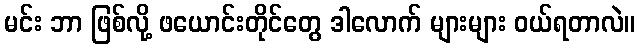
မင်း ဘာ ဖြစ်လို့ ဖယောင်းတိုင်တွေ ဒါလောက် များများ ဝယ်ရတာလဲ။